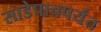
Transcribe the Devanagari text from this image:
साडेपाचपर्यंत